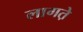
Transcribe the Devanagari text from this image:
लागत़े